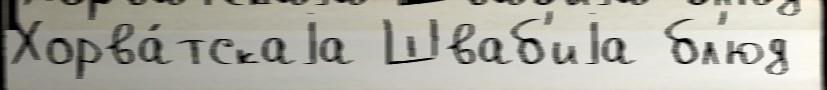
Хорва́тскаjа Шваб'иjа бл'юд